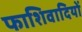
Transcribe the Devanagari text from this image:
फाशिवादियों